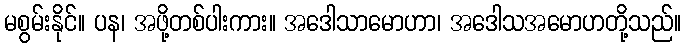
မစွမ်းနိုင်။ ပန၊ အဖို့တစ်ပါးကား။ အဒေါသာမောဟာ၊ အဒေါသအမောဟတို့သည်။